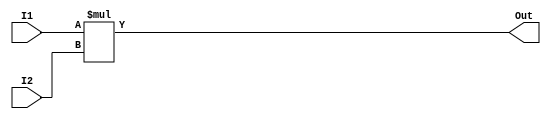
module Mul(I1, I2, Out);
	
	input [31:0] I1, I2;
	output [31:0] Out;
	
	assign Out = I1 * I2;
	
endmodule